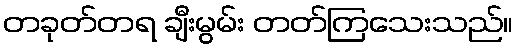
တခုတ်တရ ချီးမွမ်း တတ်ကြသေးသည်။